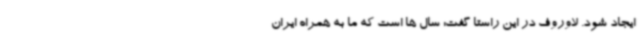
ایجاد شود. لاوروف در این راستا گفت: سال ها است که ما به همراه ایران